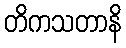
တိကသတာနိ